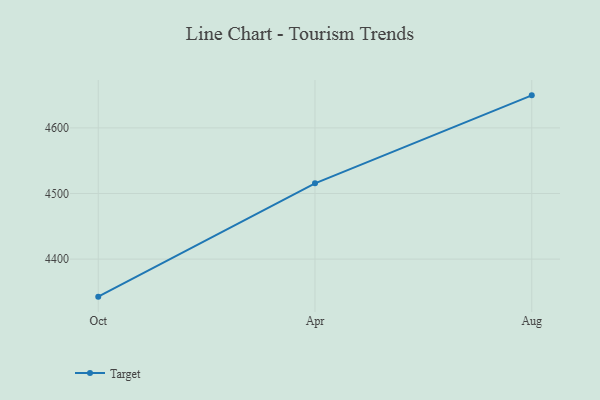
{"axis": {"x": "Month", "y": "Budget (USD K)"}, "legend": ["Target"], "data": [{"x": "Oct", "y": 4342.8, "type": "Target"}, {"x": "Apr", "y": 4515.5, "type": "Target"}, {"x": "Aug", "y": 4649.6, "type": "Target"}]}